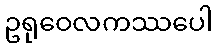
ဥရုဝေလကဿပေါ